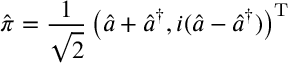
\hat { \boldsymbol { \pi } } = \frac { 1 } { \sqrt { 2 } } \left( \hat { a } + \hat { a } ^ { \dagger } , i ( \hat { a } - \hat { a } ^ { \dagger } ) \right) ^ { \mathrm { T } }